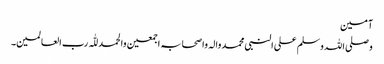
آمین
وصلی اللہ وسلم علی النبی محمد والہ واصحابہ اجمعین والحمد للّٰہ رب العالمین۔